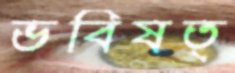
ভবিষত্